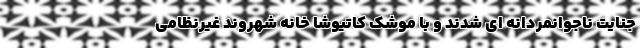
جنایت ناجوانمردانه ای شدند و با موشک کاتیوشا خانه شهروند غیرنظامی